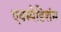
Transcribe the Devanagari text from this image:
एक्स्पेडिशंस